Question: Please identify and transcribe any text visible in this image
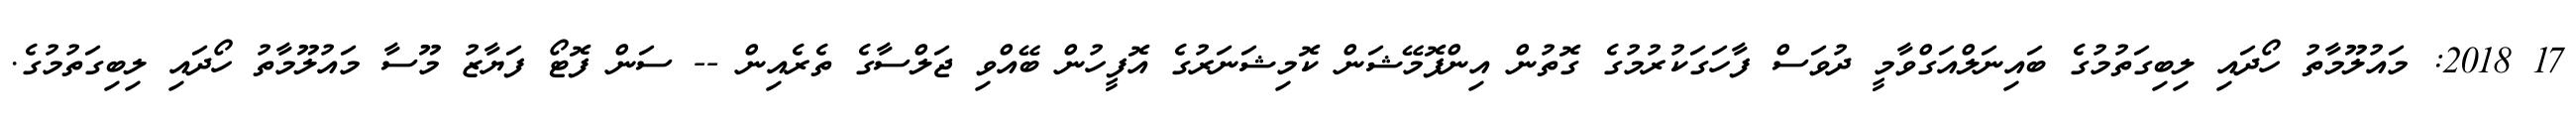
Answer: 17 2018: މައުލޫމާތު ހޯދައި ލިބިގަތުމުގެ ބައިނަލްއަގްވާމީ ދުވަސް ފާހަގަކުރުމުގެ ގޮތުން އިންފޮމޭޝަން ކޮމިޝަނަރުގެ އޮފީހުން ބޭއްވި ޖަލްސާގެ ތެރެއިން -- ސަން ފޮޓޯ ފަޔާޒު މޫސާ މައުލޫމާތު ހޯދައި ލިބިގަތުމުގެ.